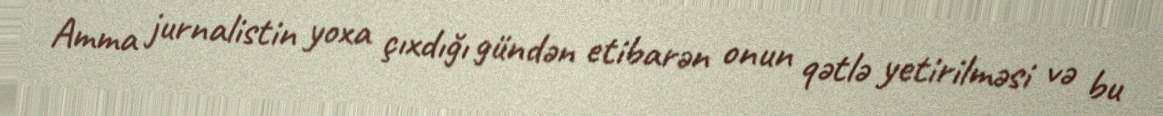
Amma jurnalistin yoxa çıxdığı gündən etibarən onun qətlə yetirilməsi və bu